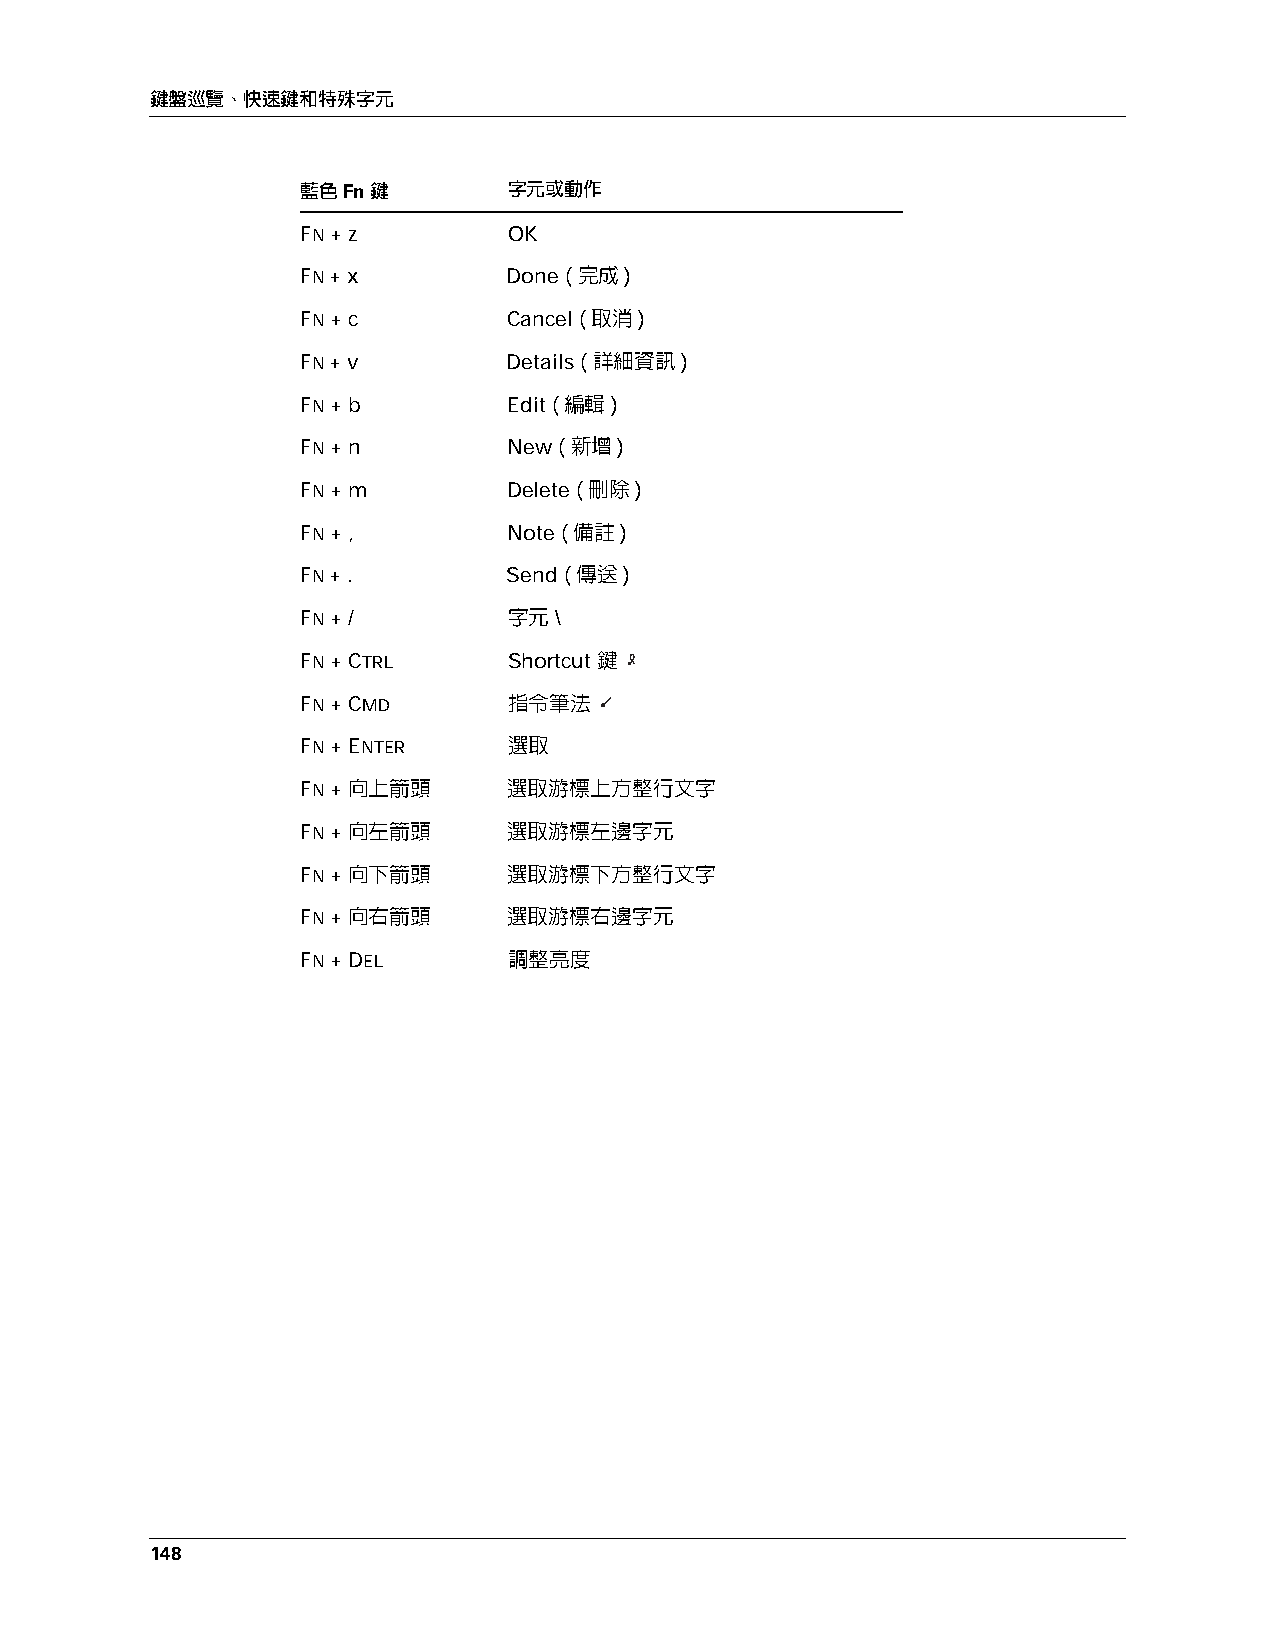
鍵盤巡覽、快速鍵和特殊字元
 藍色 Fn 鍵       字元或動作
 FN + z        OK
 FN + x        Done (完成)
 FN + c        Cancel (取消)
 FN + v        Details (詳細資訊)
 FN + b        Edit (編輯)
 FN + n        New (新增)
 FN + m        Delete (刪除)
 FN + ,        Note (備註)
 FN + .        Send (傳送)
 FN + /        字元 \
 FN + CTRL     Shortcut 鍵
 FN + CMD      指令筆法
 FN + ENTER    選取
 FN + 向上箭頭     選取游標上方整行文字
 FN + 向左箭頭     選取游標左邊字元
 FN + 向下箭頭     選取游標下方整行文字
 FN + 向右箭頭     選取游標右邊字元
 FN + DEL      調整亮度
 148